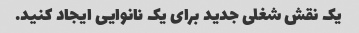
یک نقش شغلی جدید برای یک نانوایی ایجاد کنید.